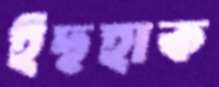
ইছহাক